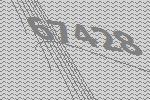
67428